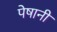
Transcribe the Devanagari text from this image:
पेषानी